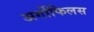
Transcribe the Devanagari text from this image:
अर्गोफिलस